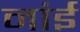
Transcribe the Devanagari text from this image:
नांई